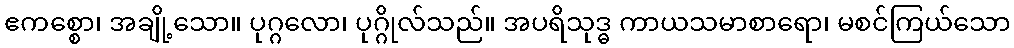
ဧကစ္စော၊ အချို့သော။ ပုဂ္ဂလော၊ ပုဂ္ဂိုလ်သည်။ အပရိသုဒ္ဓ ကာယသမာစာရော၊ မစင်ကြယ်သော